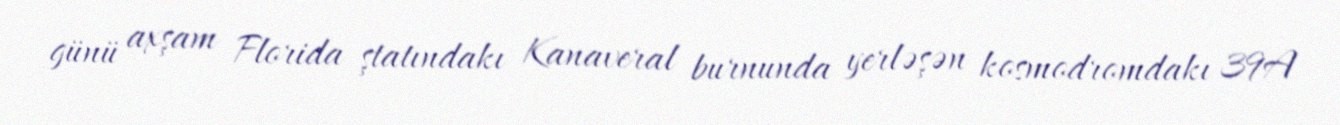
günü axşam Florida ştatındakı Kanaveral burnunda yerləşən kosmodromdakı 39A